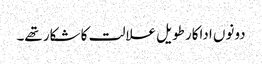
دونوں اداکار طویل علالت کا شکار تھے۔